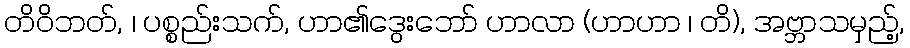
တိဝိဘတ်, ၊ ပစ္စည်းသက်, ဟာ၏ဒွေးဘော် ဟာလာ (ဟာဟာ ၊ တိ), အဗ္ဘာသမှည့်,